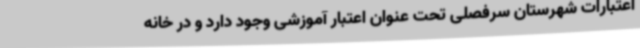
اعتبارات شهرستان سرفصلی تحت عنوان اعتبار آموزشی وجود دارد و در خانه